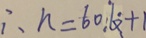
\therefore n = 6 0 : 6 + 1